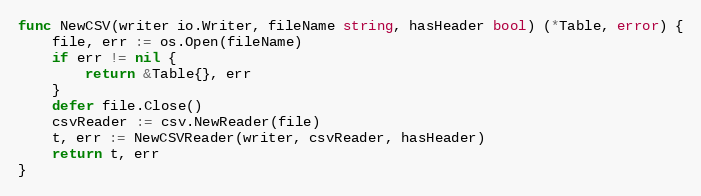
Language: Go
func NewCSV(writer io.Writer, fileName string, hasHeader bool) (*Table, error) {
	file, err := os.Open(fileName)
	if err != nil {
		return &Table{}, err
	}
	defer file.Close()
	csvReader := csv.NewReader(file)
	t, err := NewCSVReader(writer, csvReader, hasHeader)
	return t, err
}